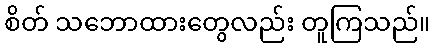
စိတ် သဘောထားတွေလည်း တူကြသည်။